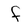
Character: f